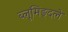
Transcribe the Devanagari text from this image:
ब्लूमिङ्दले